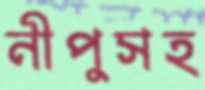
নীপুসহ